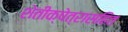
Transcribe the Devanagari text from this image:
शेतीक्षेत्रासहित